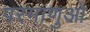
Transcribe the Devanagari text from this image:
परमाणुओ